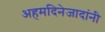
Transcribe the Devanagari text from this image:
अहमदिनेजादांनी